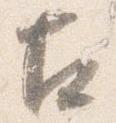
古